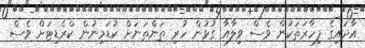
އާދައިގެ ފިހާރަތަކުން ވެސް ވިލާއާ ގުޅުން ހުރި ތަންތަަނަށް ކުޑަމިނުން ކްރެޑިޓަށް ވެސް